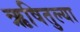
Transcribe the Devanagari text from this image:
ऋषितुल्या